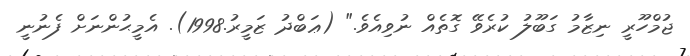
ޖުމްހޫރީ ނިޒާމު ގަބޫލު ކުރެވޭ ގޮތެއް ނުވިއެވެ." (ޢަބްދު ޒަމީރު.1998). އެމީޙުންނަށް ފެނުނީ